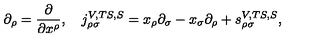
\partial _ { \rho } = \frac \partial { \partial x ^ { \rho } } , \quad j _ { \rho \sigma } ^ { V , T S , S } = x _ { \rho } \partial _ { \sigma } - x _ { \sigma } \partial _ { \rho } + s _ { \rho \sigma } ^ { V , T S , S } ,